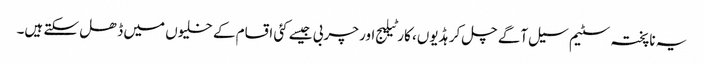
یہ ناپختہ سٹیم سیل آگے چل کر ہڈیوں، کارٹیلیج اور چربی جیسے کئی اقسام کے خلیوں میں ڈھل سکتے ہیں۔